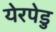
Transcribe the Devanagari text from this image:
येरपेडु